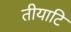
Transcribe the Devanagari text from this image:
तीयाटि